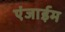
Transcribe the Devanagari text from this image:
एंजाईम